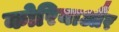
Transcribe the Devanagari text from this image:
कोरियाऔर